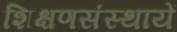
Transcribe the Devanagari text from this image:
शिक्षणसंस्थायें